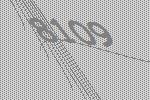
8109